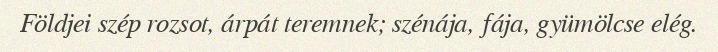
Földjei szép rozsot, árpát teremnek; szénája, fája, gyümölcse elég.